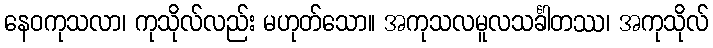
နေဝကုသလာ၊ ကုသိုလ်လည်း မဟုတ်သော။ အကုသလမူလသင်္ခါတဿ၊ အကုသိုလ်